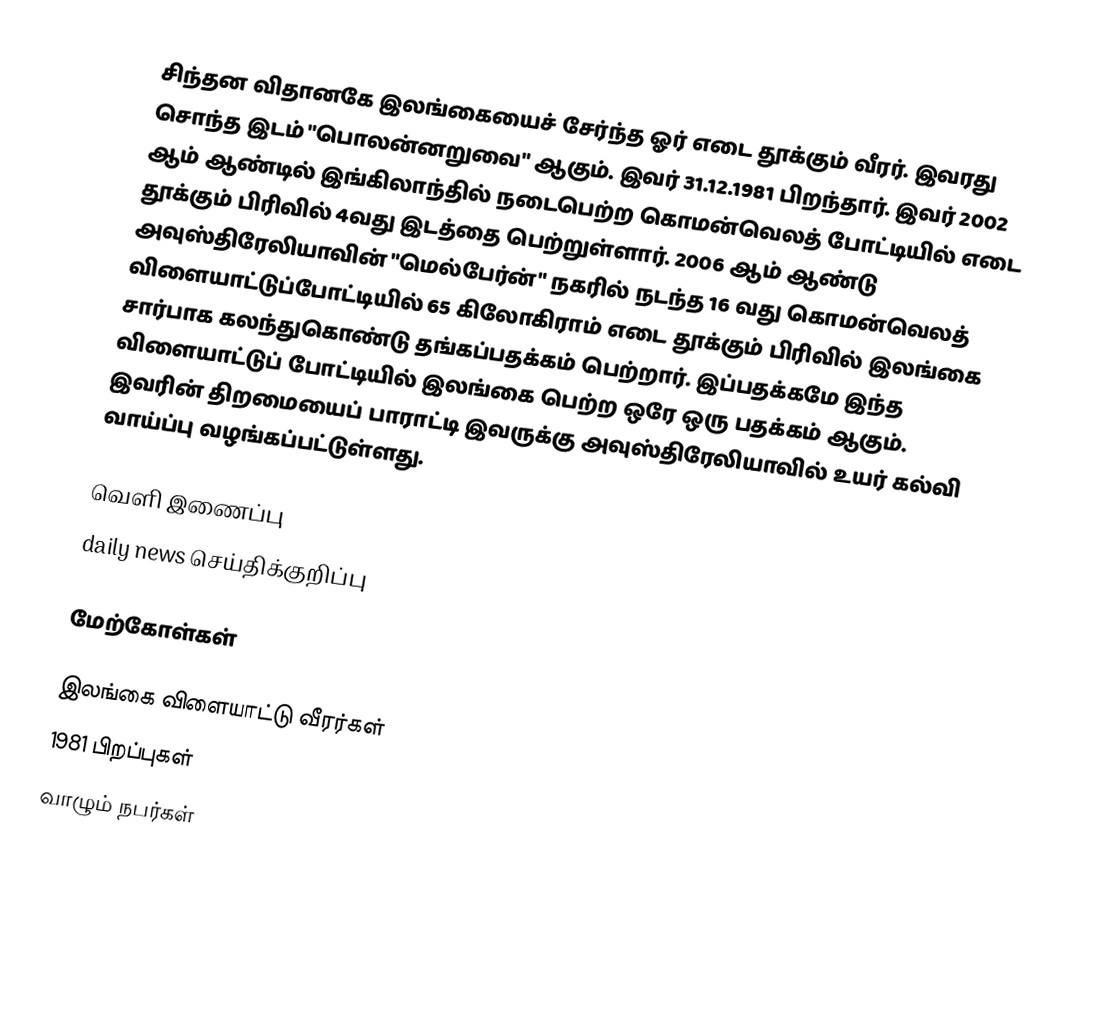
சிந்தன விதானகே இலங்கையைச் சேர்ந்த ஓர் எடை தூக்கும் வீரர். இவரது சொந்த இடம் "பொலன்னறுவை" ஆகும். இவர் 31.12.1981 பிறந்தார். இவர் 2002 ஆம் ஆண்டில் இங்கிலாந்தில் நடைபெற்ற கொமன்வெலத் போட்டியில் எடை தூக்கும் பிரிவில் 4வது இடத்தை பெற்றுள்ளார். 2006 ஆம் ஆண்டு அவுஸ்திரேலியாவின் "மெல்பேர்ன்" நகரில் நடந்த 16 வது கொமன்வெலத் விளையாட்டுப்போட்டியில் 65 கிலோகிராம் எடை தூக்கும் பிரிவில் இலங்கை சார்பாக கலந்துகொண்டு தங்கப்பதக்கம் பெற்றார். இப்பதக்கமே இந்த விளையாட்டுப் போட்டியில் இலங்கை பெற்ற ஒரே ஒரு பதக்கம் ஆகும். இவரின் திறமையைப் பாராட்டி இவருக்கு அவுஸ்திரேலியாவில் உயர் கல்வி வாய்ப்பு வழங்கப்பட்டுள்ளது.

வெளி இணைப்பு
 daily news செய்திக்குறிப்பு

மேற்கோள்கள்

இலங்கை விளையாட்டு வீரர்கள்
1981 பிறப்புகள்
வாழும் நபர்கள்